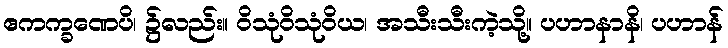
ဧကက္ခဏေပိ၊ ၌လည်း။ ဝိသုံဝိသုံဝိယ၊ အသီးသီးကဲ့သို့။ ပဟာနာနိ၊ ပဟာန်